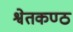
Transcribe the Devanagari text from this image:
श्वेतकण्ठ